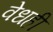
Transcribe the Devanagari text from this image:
वेधही